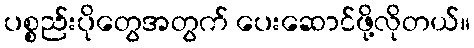
ပစ္စည်းပိုတွေအတွက် ပေးဆောင်ဖို့လိုတယ်။